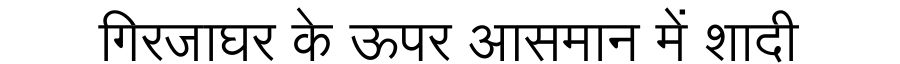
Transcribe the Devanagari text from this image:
गिरजाघर के ऊपर आसमान में शादी